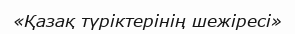
«Қазақ түріктерінің шежіресі»